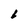
Character: 6